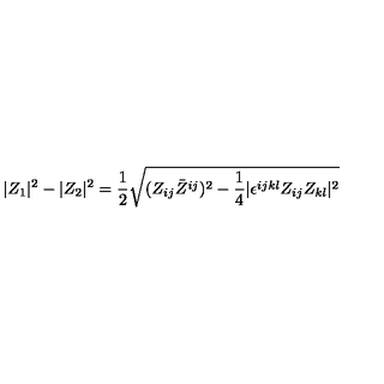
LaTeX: | Z _ { 1 } | ^ { 2 } - | Z _ { 2 } | ^ { 2 } = { \frac { 1 } { 2 } } \sqrt { ( Z _ { i j } \bar { Z } ^ { i j } ) ^ { 2 } - { \frac { 1 } { 4 } } | \epsilon ^ { i j k l } Z _ { i j } Z _ { k l } | ^ { 2 } }